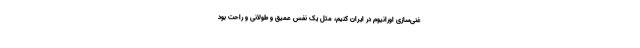
غنی‌سازی اورانیوم در ایران کنیم، مثل یک نفس عمیق و طولانی و راحت بود